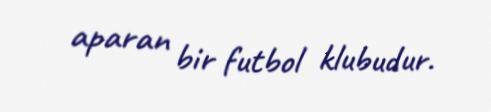
aparan bir futbol klubudur.